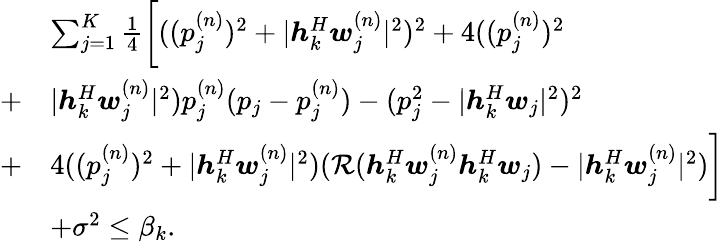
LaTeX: \begin{array}{rl}&{\sum_{j=1}^{K}\frac 14\bigg[((p_{j}^{(n)})^{2}+|\boldsymbol h_{k}^{H}\boldsymbol w_{j}^{(n)}|^{2})^{2}+4((p_{j}^{(n)})^{2}}\\ {+}&{|\boldsymbol h_{k}^{H}\boldsymbol w_{j}^{(n)}|^{2})p_{j}^{(n)}(p_{j}-p_{j}^{(n)})-(p_{j}^{2}-|\boldsymbol h_{k}^{H}\boldsymbol w_{j}|^{2})^{2}}\\ {+}&{4((p_{j}^{(n)})^{2}+|\boldsymbol h_{k}^{H}\boldsymbol w_{j}^{(n)}|^{2})(\mathcal R(\boldsymbol h_{k}^{H}\boldsymbol w_{j}^{(n)}\boldsymbol h_{k}^{H}\boldsymbol w_{j})-|\boldsymbol h_{k}^{H}\boldsymbol w_{j}^{(n)}|^{2})\bigg]}\\ &{+{\sigma^{2}}\leq{\beta_{k}}.}\end{array}